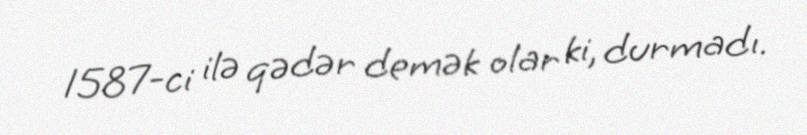
1587-ci ilə qədər demək olar ki, durmadı.